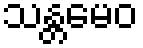
သန္တမေဝ